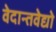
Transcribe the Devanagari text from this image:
वेदान्तवेद्यो